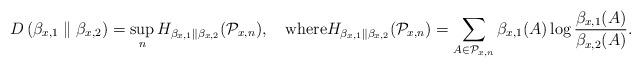
LaTeX: \begin{align*}D\left(\beta_{x,1}\parallel\beta_{x,2}\right)=\sup_{n}H_{\beta_{x,1}\parallel\beta_{x,2}}(\mathcal{P}_{x,n}),\quad\textrm{where}H_{\beta_{x,1}\parallel\beta_{x,2}}(\mathcal{P}_{x,n})=\sum_{A\in\mathcal{P}_{x,n}}\beta_{x,1}(A)\log\frac{\beta_{x,1}(A)}{\beta_{x,2}(A)}.\end{align*}